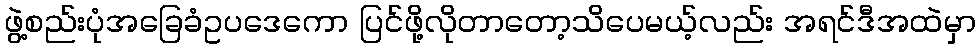
ဖွဲ့စည်းပုံအခြေခံဥပဒေကော ပြင်ဖို့လိုတာတော့သိပေမယ့်လည်း အရင်ဒီအထဲမှာ